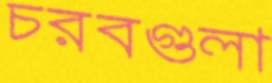
চরবগুলা